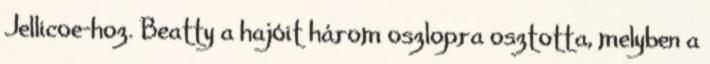
Jellicoe-hoz. Beatty a hajóit három oszlopra osztotta, melyben a